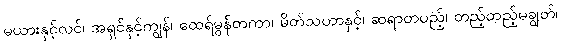
မယားနှင့်လင်၊ အရှင်နှင့်ကျွန်၊ ထေရ်မွန်တကာ၊ မိတ်သဟာနှင့်၊ ဆရာတပည့်၊ တည့်တည့်မချွတ်၊